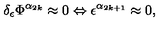
\delta _ { \epsilon } \Phi ^ { \alpha _ { 2 k } } \approx 0 \Leftrightarrow \epsilon ^ { \alpha _ { 2 k + 1 } } \approx 0 ,